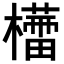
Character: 𣞦